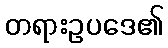
တရားဥပဒေ၏